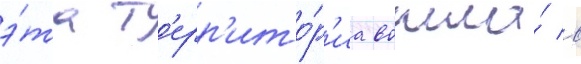
э́та т'ерр'ито́р'иа вошла́ в